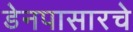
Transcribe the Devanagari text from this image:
डेनपासारचे